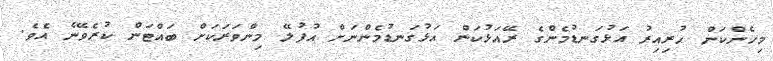
މިހެންކަން ހުރިއިރު އަޅުގަނޑުމެންގެ ރޭއަޅުކަން އަޅުގަނޑުމެންނަށް އުފުލޭ މިންވަރަކަށް ބައްޓަން ކުރެވޭނެ އެވެ.